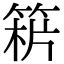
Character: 𥯻